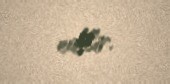
edilir.